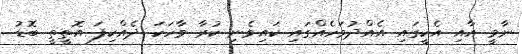
ނާމީ އާއި އެކީގައި އެއްދުވަހެއްގައި ކައިވެނި ކުރާ ވާހަކަ ދެއްކިފަ އޮތީތީ ބޮޑު